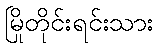
မြိုတိုင်းရင်းသား